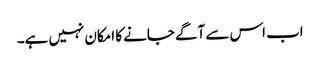
اب اس سے آگے جانے کا امکان نہیں ہے۔